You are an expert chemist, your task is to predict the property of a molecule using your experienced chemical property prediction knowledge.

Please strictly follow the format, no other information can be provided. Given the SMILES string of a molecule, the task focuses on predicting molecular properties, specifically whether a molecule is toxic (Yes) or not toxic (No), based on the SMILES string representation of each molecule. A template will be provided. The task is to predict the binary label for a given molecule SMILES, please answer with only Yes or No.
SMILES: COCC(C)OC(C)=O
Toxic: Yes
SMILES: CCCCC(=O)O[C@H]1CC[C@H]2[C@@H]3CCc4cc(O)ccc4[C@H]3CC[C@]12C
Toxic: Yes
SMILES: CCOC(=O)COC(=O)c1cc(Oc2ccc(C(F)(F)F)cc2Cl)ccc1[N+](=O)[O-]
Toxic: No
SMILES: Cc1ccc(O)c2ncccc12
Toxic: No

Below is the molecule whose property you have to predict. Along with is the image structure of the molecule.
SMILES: CCCCCCCCCCCCCCCC[N+](C)(C)C
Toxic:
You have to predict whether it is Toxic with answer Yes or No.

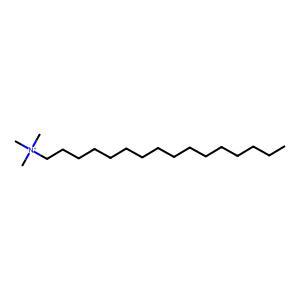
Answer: No